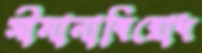
সীমানাবিরোধ